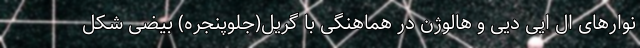
نوارهای ال ایی دیی و هالوژن در هماهنگی با گریل(جلوپنجره) بیضی شکل